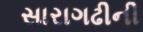
સારાગઢીની